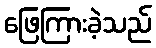
ဖြေကြားခဲ့သည်